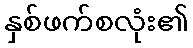
နှစ်ဖက်စလုံး၏